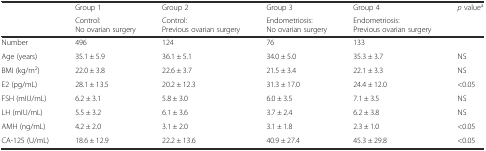
<table><thead><tr><td rowspan="2"></td><td><b>Group 1</b></td><td><b>Group 2</b></td><td><b>Group 3</b></td><td><b>Group 4</b></td><td rowspan="2"><b><i>p</i> value<sup>a</sup></b></td></tr><tr><td><b>Control: No ovarian surgery</b></td><td><b>Control: Previous ovarian surgery</b></td><td><b>Endometriosis: No ovarian surgery</b></td><td><b>Endometriosis: Previous ovarian surgery</b></td></tr></thead><tbody><tr><td>Number</td><td>496</td><td>124</td><td>76</td><td>133</td><td></td></tr><tr><td>Age (years)</td><td>35.1 ± 5.9</td><td>36.1 ± 5.1</td><td>34.0 ± 5.0</td><td>35.3 ± 3.7</td><td>NS</td></tr><tr><td>BMI (kg/m<sup>2</sup>)</td><td>22.0 ± 3.8</td><td>22.6 ± 3.7</td><td>21.5 ± 3.4</td><td>22.1 ± 3.3</td><td>NS</td></tr><tr><td>E2 (pg/mL)</td><td>28.1 ± 13.5</td><td>20.2 ± 12.3</td><td>31.3 ± 17.0</td><td>24.4 ± 12.0</td><td>&lt;0.05</td></tr><tr><td>FSH (mIU/mL)</td><td>6.2 ± 3.1</td><td>5.8 ± 3.0</td><td>6.0 ± 3.5</td><td>7.1 ± 3.5</td><td>NS</td></tr><tr><td>LH (mIU/mL)</td><td>5.5 ± 3.2</td><td>6.1 ± 3.6</td><td>3.7 ± 2.4</td><td>6.2 ± 3.8</td><td>NS</td></tr><tr><td>AMH (ng/mL)</td><td>4.2 ± 2.0</td><td>3.1 ± 2.0</td><td>3.1 ± 1.8</td><td>2.3 ± 1.0</td><td>&lt;0.05</td></tr><tr><td>CA-125 (U/mL)</td><td>18.6 ± 12.9</td><td>22.2 ± 13.6</td><td>40.9 ± 27.4</td><td>45.3 ± 29.8</td><td>&lt;0.05</td></tr></tbody></table>